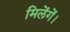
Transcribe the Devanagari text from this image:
मिलेंगें।